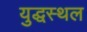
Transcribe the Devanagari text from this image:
युद्धस्‍थल